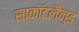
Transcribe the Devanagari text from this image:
साकाॅटलैन्ड